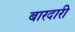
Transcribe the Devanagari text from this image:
बारदारी